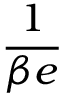
\displaystyle \frac { 1 } { \beta e }